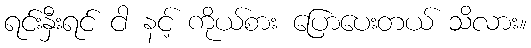
ရင်းနှီးရင် ငါ နင့် ကိုယ်စား ပြောပေးတယ် သိလား။